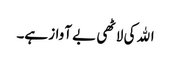
اﷲ کی لاٹھی بے آواز ہے۔